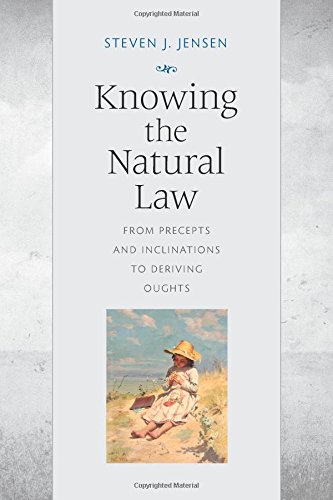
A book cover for Knowing the Natural Law: From Precepts and Inclinations to Deriving Oughts; Steven Jensen; Law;